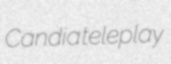
Candia teleplay